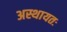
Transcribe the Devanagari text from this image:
अस्थायतः